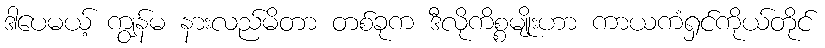
ဒါပေမယ့် ကျွန်မ နားလည်မိတာ တစ်ခုက ဒီလိုကိစ္စမျိုးဟာ ကာယကံရှင်ကိုယ်တိုင်